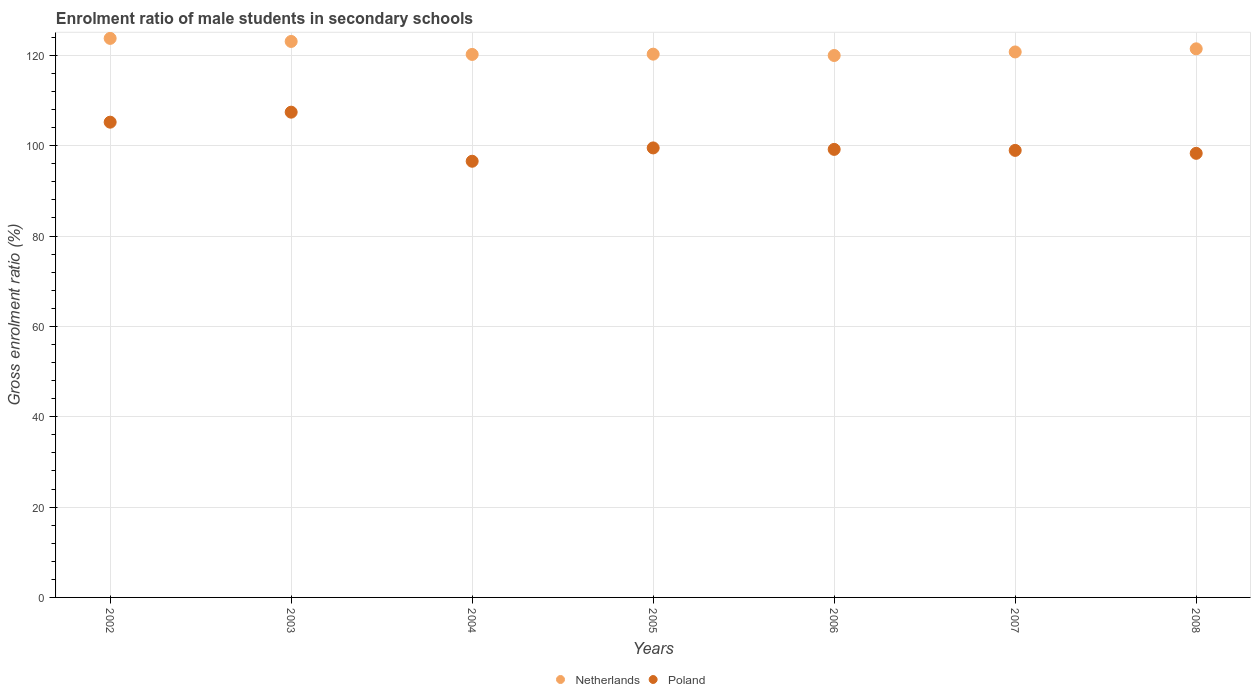
| Years | Netherlands | Poland |
 | --- | --- | --- |
 | 2002 | 124 | 105 |
 | 2003 | 123 | 107 |
 | 2004 | 120 | 96.6 |
 | 2005 | 120 | 99.5 |
 | 2006 | 120 | 99.2 |
 | 2007 | 121 | 99 |
 | 2008 | 121 | 98.3 |